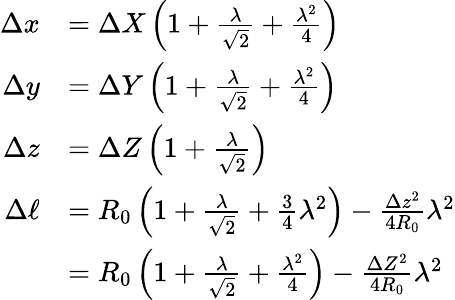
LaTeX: \begin{array}{rl}{\Delta x}&{=\Delta X\left(1+\frac{\lambda}{\sqrt{2}}+\frac{\lambda^{2}}{4}\right)}\\ {\Delta y}&{=\Delta Y\left(1+\frac{\lambda}{\sqrt{2}}+\frac{\lambda^{2}}{4}\right)}\\ {\Delta z}&{=\Delta Z\left(1+\frac{\lambda}{\sqrt{2}}\right)}\\ {\Delta\ell}&{=R_{0}\left(1+\frac{\lambda}{\sqrt{2}}+\frac{3}{4}\lambda^{2}\right)-\frac{\Delta z^{2}}{4R_{0}}\lambda^{2}}\\ &{=R_{0}\left(1+\frac{\lambda}{\sqrt{2}}+\frac{\lambda^{2}}{4}\right)-\frac{\Delta Z^{2}}{4R_{0}}\lambda^{2}}\end{array}